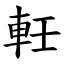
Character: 軠